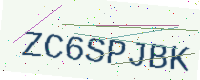
Text: ZC6SPJBK